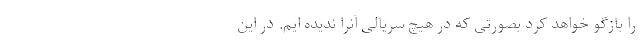
را بازگو خواهد کرد بصورتی که در هیچ سریالی آنرا ندیده ایم. در این